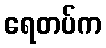
ရေတပ်က